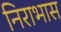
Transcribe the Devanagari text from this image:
निराभास